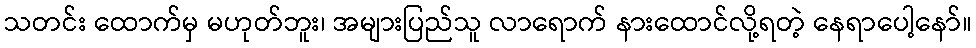
သတင်း ထောက်မှ မဟုတ်ဘူး၊ အများပြည်သူ လာရောက် နားထောင်လို့ရတဲ့ နေရာပေါ့နော်။